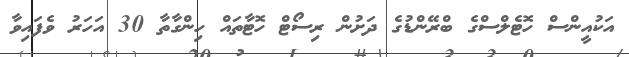
އަކުއީންސް ހޮޓެލްސްގެ ބްރޭންޑުގެ ދަށުން ރިސޯޓް ހޮޓާތައް ހިންގާތާ 30 އަހަރު ވެފައިވާ